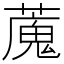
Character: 䕇